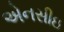
એનસીઇ